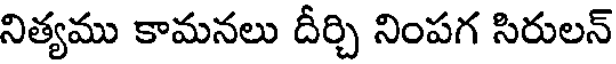
నిత్యము కామనలు దీర్చి నింపగ సిరులన్